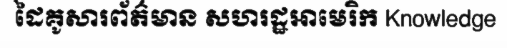
ដៃគូសារព័ត៌មាន សហរដ្ឋអាមេរិក Knowledge